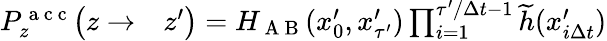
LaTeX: \begin{array}{rl}{P_{z}^{\mathrm{~a~c~c~}}\bigl(z\to}&{{}z^{\prime}\bigr)=H_{\mathrm{~A~B~}}(x_{0}^{\prime},x_{\tau^{\prime}}^{\prime})\prod_{i=1}^{\tau^{\prime}/\Delta t-1}\widetilde{h}(x_{i\Delta t}^{\prime})}\end{array}